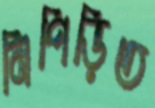
নিপিড়িত